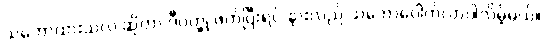
သဘောထားသလဲ ဆိုတာ ဒီဝတ္ထု ဖတ်ပြီးရင် နားလည် သဘောပေါက်လာပါလိမ့်မယ်။